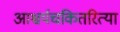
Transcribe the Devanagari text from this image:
आश्चर्यचकितरित्या